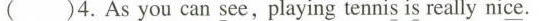
()4.Asyou can see, playing tennis is really nice.